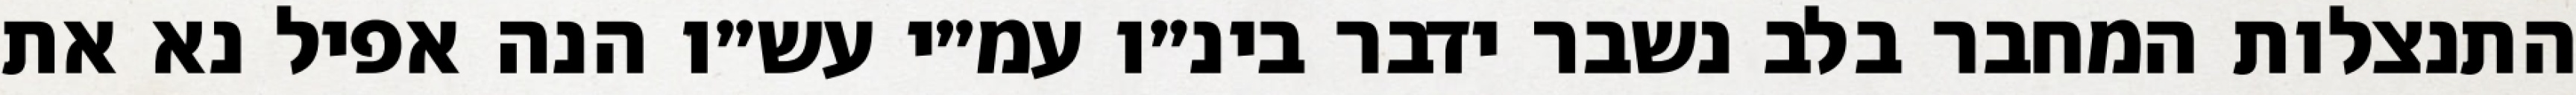
התנצלות המחבר בלב נשבר ידבר בינ״ו עמ״י עש״ו הנה אפיל נא את